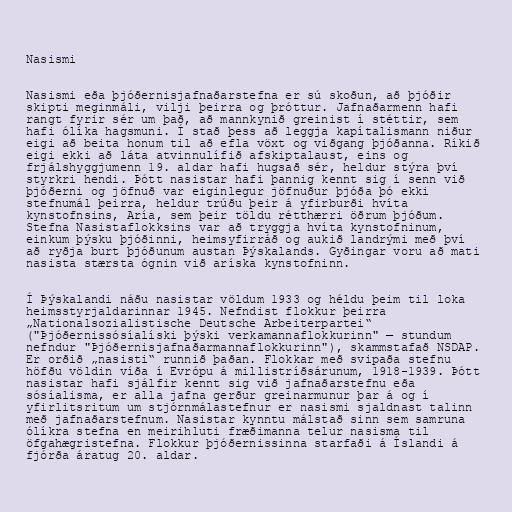
Nasismi

Nasismi eða þjóðernisjafnaðarstefna er sú skoðun, að þjóðir
skipti meginmáli, vilji þeirra og þróttur. Jafnaðarmenn hafi
rangt fyrir sér um það, að mannkynið greinist í stéttir, sem
hafi ólíka hagsmuni. Í stað þess að leggja kapítalismann niður
eigi að beita honum til að efla vöxt og viðgang þjóðanna. Ríkið
eigi ekki að láta atvinnulífið afskiptalaust, eins og
frjálshyggjumenn 19. aldar hafi hugsað sér, heldur stýra því
styrkri hendi. Þótt nasistar hafi þannig kennt sig í senn við
þjóðerni og jöfnuð var eiginlegur jöfnuður þjóða þó ekki
stefnumál þeirra, heldur trúðu þeir á yfirburði hvíta
kynstofnsins, Aría, sem þeir töldu rétthærri öðrum þjóðum.
Stefna Nasistaflokksins var að tryggja hvíta kynstofninum,
einkum þýsku þjóðinni, heimsyfirráð og aukið landrými með því
að ryðja burt þjóðunum austan Þýskalands. Gyðingar voru að mati
nasista stærsta ógnin við aríska kynstofninn.

Í Þýskalandi náðu nasistar völdum 1933 og héldu þeim til loka
heimsstyrjaldarinnar 1945. Nefndist flokkur þeirra
„Nationalsozialistische Deutsche Arbeiterpartei“
("Þjóðernissósíalíski þýski verkamannaflokkurinn" — stundum
nefndur "Þjóðernisjafnaðarmannaflokkurinn"), skammstafað NSDAP.
Er orðið „nasisti“ runnið þaðan. Flokkar með svipaða stefnu
höfðu völdin víða í Evrópu á millistríðsárunum, 1918-1939. Þótt
nasistar hafi sjálfir kennt sig við jafnaðarstefnu eða
sósíalisma, er alla jafna gerður greinarmunur þar á og í
yfirlitsritum um stjórnmálastefnur er nasismi sjaldnast talinn
með jafnaðarstefnum. Nasistar kynntu málstað sinn sem samruna
ólíkra stefna en meirihluti fræðimanna telur nasisma til
öfgahægristefna. Flokkur þjóðernissinna starfaði á Íslandi á
fjórða áratug 20. aldar.